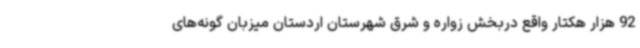
92 هزار هکتار واقع دربخش زواره و شرق شهرستان اردستان میزبان گونه‌های